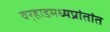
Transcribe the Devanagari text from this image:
वर्‍हाडमध्यप्रांतांत